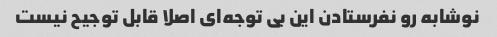
نوشابه رو‌ نفرستادن این بی توجه‌ای اصلا قابل توجیح نیست